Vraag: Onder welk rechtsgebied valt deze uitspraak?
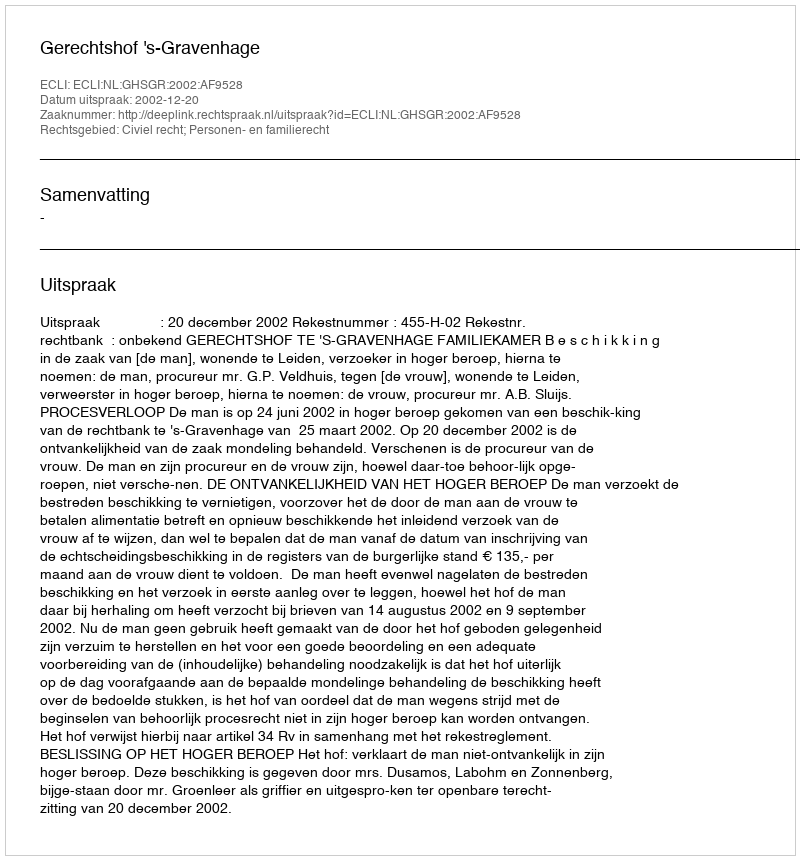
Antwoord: Civiel recht; Personen- en familierecht